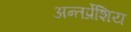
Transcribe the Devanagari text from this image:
अन्तर्प्रेशिय